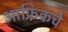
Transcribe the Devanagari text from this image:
आफ्रिकचे